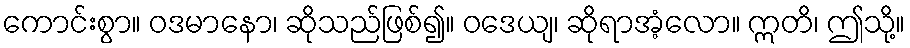
ကောင်းစွာ။ ဝဒမာနော၊ ဆိုသည်ဖြစ်၍။ ဝဒေယျ၊ ဆိုရာအံ့လော။ ဣတိ၊ ဤသို့။